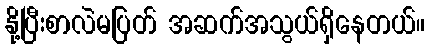
နို့ပြီးစာလဲမပြတ် အဆက်အသွယ်ရှိနေတယ်။